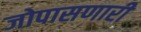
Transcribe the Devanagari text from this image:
जोपासणारी